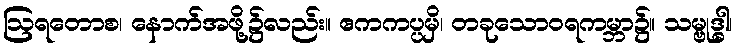
ဩရတောစ၊ နောက်အဖို့၌လည်း။ ဧကကပ္ပမှိ၊ တခုသောဝရကမ္ဘာ၌။ သမ္ဗုဒ္ဓါ၊